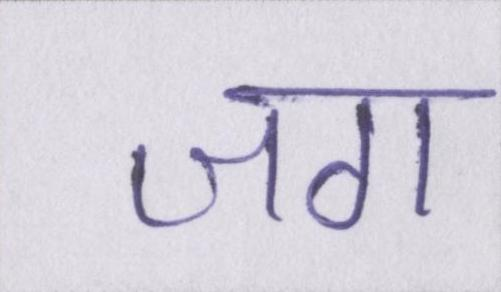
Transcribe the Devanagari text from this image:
जग